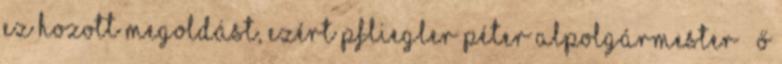
ez hozott megoldást, ezért Pfliegler Péter alpolgármester – ő